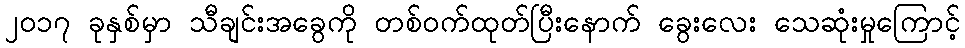
၂၀၁၇ ခုနှစ်မှာ သီချင်းအခွေကို တစ်ဝက်ထုတ်ပြီးနောက် ခွေးလေး သေဆုံးမှုကြောင့်